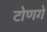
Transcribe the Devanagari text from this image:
टोणगे